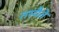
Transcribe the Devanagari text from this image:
तस्यैते